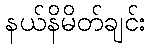
နယ်နိမိတ်ချင်း